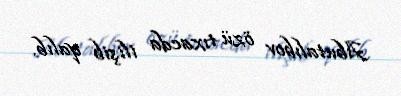
Abutalıbov özü tıxacda ilişib qalıb.